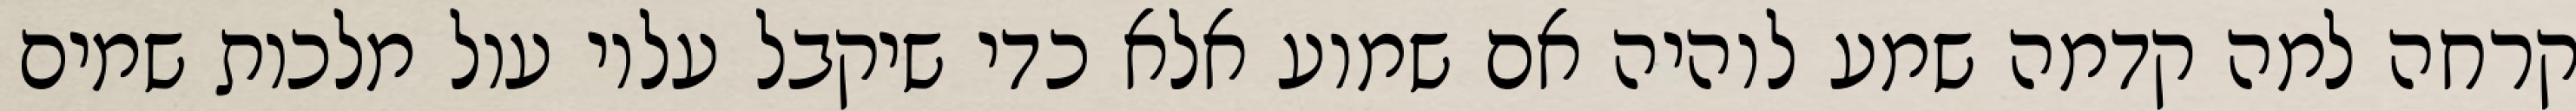
קרחה למה קדמה שמע לוהיה אם שמוע אלא כדי שיקבל עליו עול מלכות שמים